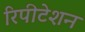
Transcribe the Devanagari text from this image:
रिपीटेशन